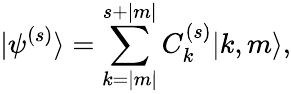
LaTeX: {|\psi^{(s)}\rangle}=\sum_{k=|m|}^{s+|m|}C_{k}^{(s)}{|k,m\rangle},